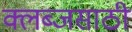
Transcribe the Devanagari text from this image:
क्लब्जसाठी